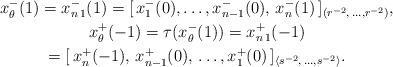
LaTeX: \begin{gather*}x^-_{\theta}(1)=x_{n\,1}^-(1)=[\,x_1^-(0),\ldots, x_{n-1}^-(0),\,x_{n}^-(1)\,]_{(r^{-2},\,\ldots,r^{-2})},\\x_{\theta}^+(-1)=\tau(x^-_{\theta}(1))=x_{n\,1}^+(-1)\\=[\,x_{n}^+(-1),\,x_{n-1}^+(0),\,\ldots, x_1^+(0)\,]_{\langle s^{-2},\,\ldots, s^{-2}\rangle}.\end{gather*}